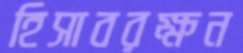
হিসাবরক্ষন